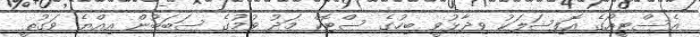
އެސްޓީއޯގެ އޮފިޝަލަކު ވިދާޅުވީ ބިހުގެ ސްޓޮކް މަދު ވުމުގެ ސަބަބުން އިއްޔެ ވަގުތީ